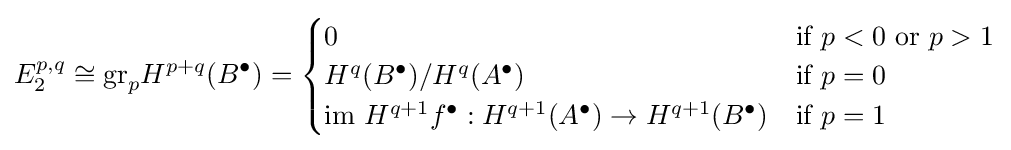
E_{2}^{p,q}\cong {\text{gr}}_{p}H^{p+q}(B^{\bullet })={\begin{cases}0&{\text{if }}p<0{\text{ or }}p>1\\H^{q}(B^{\bullet })/H^{q}(A^{\bullet })&{\text{if }}p=0\\{\text{im }}H^{q+1}f^{\bullet }:H^{q+1}(A^{\bullet })\rightarrow H^{q+1}(B^{\bullet })&{\text{if }}p=1\end{cases}}